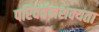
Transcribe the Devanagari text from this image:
परिवर्तनशक्यता